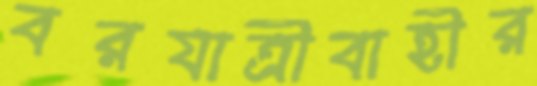
বরযাত্রীবাহীর